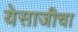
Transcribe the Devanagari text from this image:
येसाजीचा